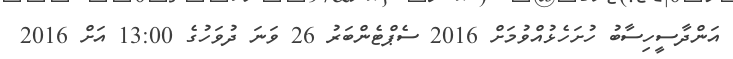
އަންދާސީހިސާބު ހުށަހެޅުއްވުމަށް 2016 ސެޕްޓެންބަރު 26 ވަނަ ދުވަހުގެ 13:00 އަށް 2016